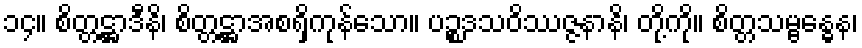
၁၄။ စိတ္တဋ္ဌာဒီနိ၊ စိတ္တဋ္ဌာအစရှိကုန်သော။ ပဉ္စဒသဝိဿဇ္ဇနာနိ၊ တို့ကို။ စိတ္တသမ္ဗန္ဓေန၊